Annual report on the working of the mental hospitals in the Madras Presidency - 1912-1932
Year: 1912
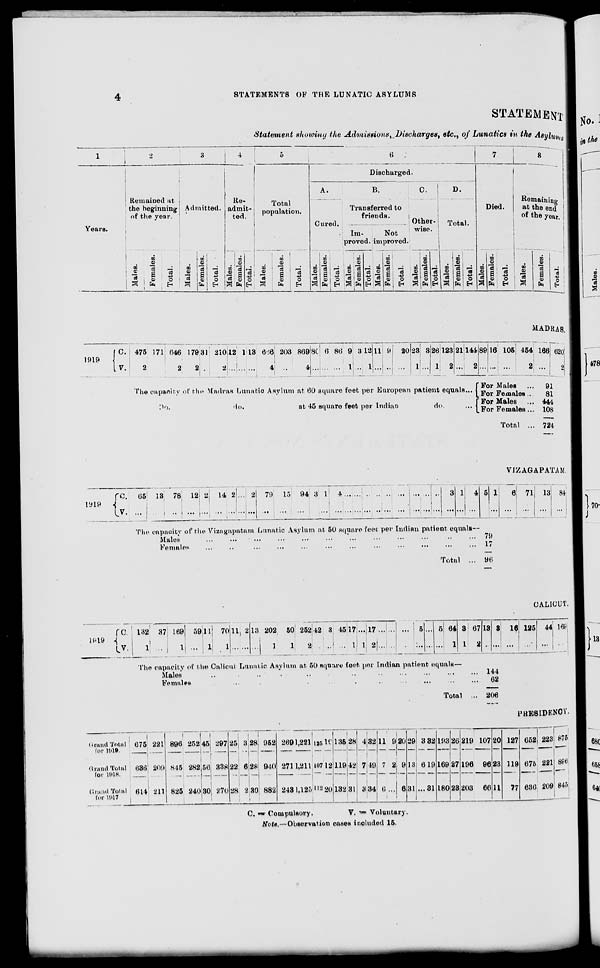
4
STATEMENTS OF THE LUNATIC ASYLUMS
STATEMENT
Statement showing the Admissions, Discharges, etc., of Lunatics in the Asylums
1
Years.
2
Remained at
the beginning
of the year.
Males.
Females.
Total.
3
Admitted.
Males.
Females.
Total.
4
Re-
admit-
ted.
Males.
Females.
Total.
5
Total
population.
Males.
Females.
Total.
6
Discharged.
A.
Cured.
Males.
Females.
Total.
B.
Transferred to
friends.
Im-
proved.
Males.
Females.
Total.
Not
improved.
Males.
Females.
Total.
C.
Other-
wise.
Males.
Females.
Total.
D.
Total.
Males.
Females.
Total.
7
Died.
Males.
Females.
Total.
8
Remaining
at the end
of the year.
Males.
Females.
Total.
MADRAS.
1919
C.
V.
475
2
171
...
646
2
179
2
31
...
210
2
12
...
1
...
13
...
666
4
203
...
869
4
80
...
6
...
86
...
9
1
3
...
12
1
11
...
9
...
20
...
23
1
3
...
26
1
123
2
21
...
144
2
The capacity of the Madras Lunatic Asylum at 60 square feet per European patient equals ...
Do.
do.
at 45 square feet per Indian
do.
...
89
...
16
...
105
...
454
2
For Males ...
For Females ...
For Males ...
For Females ...
Total ...
166
...
620
2
91
81
444
108
724
VIZAGAPATAM.
1919
C.
V.
65
...
13
...
78
...
12
...
2
...
14
...
2
...
...
...
2
...
79
...
15
...
94
...
3
...
1
...
4
...
...
...
...
...
...
...
...
...
...
...
...
...
...
...
...
...
...
...
3
...
1
...
4
...
5
...
1
...
6
...
71
...
13
...
84
The capacity of the Vizagapatam Lunatic Asylum at 50 square feet per Indian patient equals—
Males ... ... ... ... ... ... ... ... ... ... ... ...
Females ... ... ... ... ... ... ... ... ... ... ... ...
Total ...
79
17
96
CALICUT.
1919
C.
V.
132
1
37
...
169
1
59
...
11
1
70
1
11
...
2
...
13
...
202
1
50
1
252
2
42
...
3
...
45
...
17
1
...
1
17
2
...
...
...
...
...
...
5
...
...
...
5
...
64
1
8
1
67
2
13
...
3
...
16
...
125
...
44
...
168
...
The capacity of the Calicut Lunatic Asylum at 50 square feet per Indian patient equals—
Males
...
...
...
...
...
...
...
...
...
...
...
...
Females ... ... ... ... ... ... ... ... ... ... ... ...
Total ...
144
62
206
PRESIDENCY.
Grand Total
for 1919
Grand Total
for 1918.
Grand Total
for 1917
675
636
614
221
209
211
896
845
825
252
282
240
45
56
30
297
338
270
25
22
28
3
6
2
28
28
30
952
940
882
269
271
243
1,221
1,211
1,125
125
107
112
10
12
20
135
119
132
28
42
31
4
7
3
32
49
34
11
7
6
9
2
...
20
9
6
29
13
31
3
6
...
32
19
31
193
169
180
26
27
28
219
196
203
107
96
66
20
23
11
127
119
77
652
675
636
223
221
209
875
896
845
C.= Compulsory,
V. = Voluntary.
Note.—Observation cases included 15.